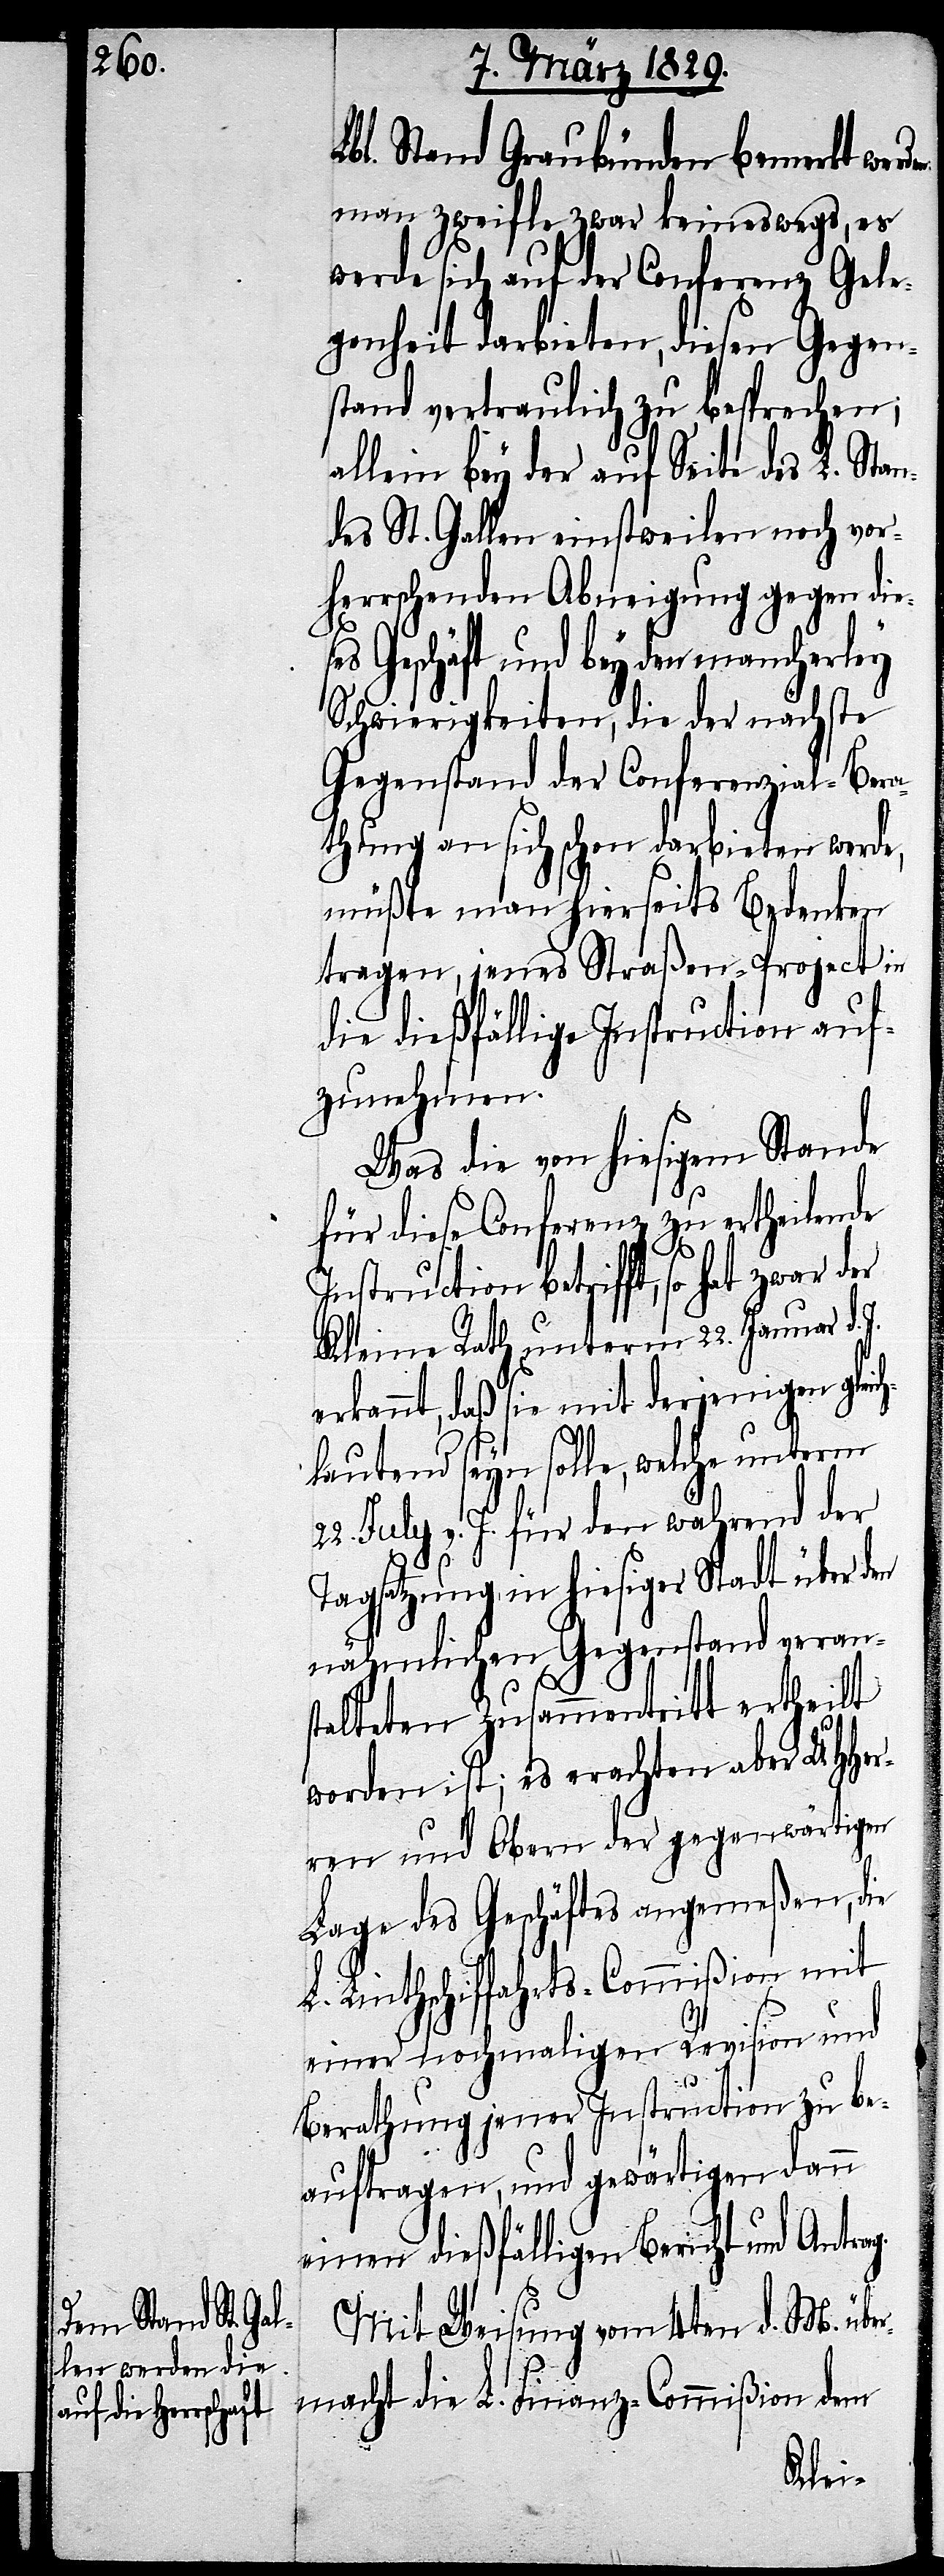
en:

Lbl. Stand Graubünden bemerkt werd¬
man zweifle zwar keineswegs, es
werde sich auf der Conferenz Gele¬
genheit darbieten, diesen Gegen¬
stand vertraulich zu besprechen;
allein bey der auf Seite des L. Stan¬
des St. Gallen einstweilen noch vor¬
herrschenden Abneigung gegen die¬
ses Geschäft und bey den mancherley
Schwierigkeiten, die der nächste
Gegenstand der Conferenzial-Bera¬
thung an sich schon darbieten werde,
müßte man hierseits Bedenken
tragen, jenes Straßen-Project in
die dießfällige Instruction auf¬
zunehmen.
Was die von hiesigem Stande
für diese Conferenz zu ertheilende
Instruction betrifft, so hat
Kleine Rath unterm 22. Januar d.
erkannt, daß sie mit derjenigen gleic¬
hlautend seyn solle, welche unterm
v. J. für den während der
Tagsatzung in hiesiger Stadt über den
nähmlichen Gegenstand veran¬
stalteten Zusammentritt ertheilt
worden ist; es erachten aber UHHer¬
ren und Ober der gegenwärtigen
Lage des Geschäfts angemeßen, die
L. Linthschiffahrts-Commißion mit
einer nochmaligen Revision und
Berathung jener Instruction zu be¬
auftragen, und gewärtigen dann
einen dießfälligen Bericht und Antrag.
Mit Weisung vom 4ten d. M. übe¬
rmacht die L. Finanz-Commißion dem